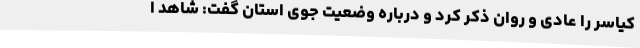
کیاسر را عادی و روان ذکر کرد و درباره وضعیت جوی استان گفت: شاهد ا